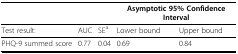
|  |  |  | <COLSPAN=2> Asymptotic 95% Confidence Interval |
 | --- | --- | --- | --- | --- |
 | Test result: | AUC | SEa | Lower bound | Upper bound |
 | PHQ-9 summed score | 0.77 | 0.04 | 0.69 | 0.84 |